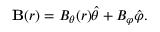
\mathbf { B } ( r ) = B _ { \theta } ( r ) \hat { \theta } + B _ { \varphi } \hat { \varphi } .